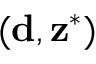
( \mathbf { d } , \mathbf { z } ^ { * } )